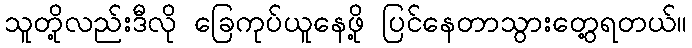
သူတို့လည်းဒီလို ခြေကုပ်ယူနေဖို့ ပြင်နေတာသွားတွေ့ရတယ်။